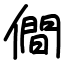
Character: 僴